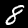
Label: 8